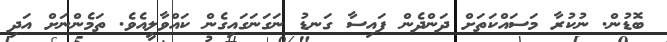
ބޮޑުން. ނުކުރާ މަސައްކަތަށް ދަންދެން ފައިސާ ގަނޑު ނަގަނަގައިގެން ކައްވާލީއެވެ. ތަމެންނަށް އަދި